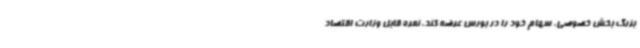
بزرگ بخش خصوصی، سهام خود را در بورس عرضه کند. نمره قابل وزارت اقتصاد